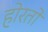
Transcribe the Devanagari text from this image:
होरतो